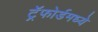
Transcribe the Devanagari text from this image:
ट्रॅफोर्डमध्ये